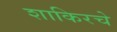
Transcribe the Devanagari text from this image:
शाकिरचे